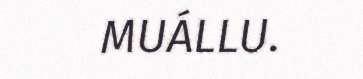
MUÁLLU.